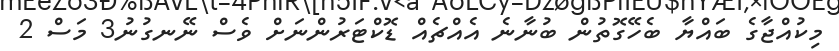
މިކުއްޖާގެ ބައްޔާ ބެހޭގޮތުން ބުނާނެ އެއްޗެއް ޑޮކްޓަރުންނަށް ވެސް ނޭނގުނު3 މަސް 2